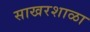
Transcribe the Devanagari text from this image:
साखरशाळा